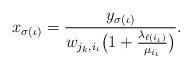
LaTeX: \begin{align*}x_{\sigma(\iota)} = \frac{y_{\sigma(\iota)}}{w_{j_k,i_{\iota}}\bigl(1+\frac{\lambda_{\ell(i_{\iota})}}{\mu_{i_{\iota}}}\bigr)}.\end{align*}